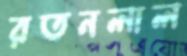
রতনলাল